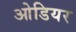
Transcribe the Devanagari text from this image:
ओडियर